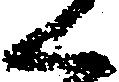
く